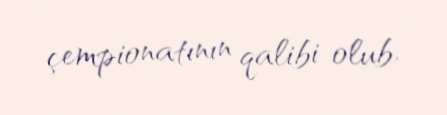
çempionatının qalibi olub.